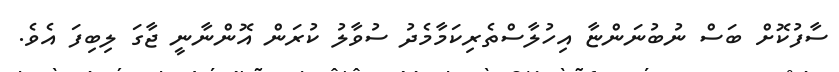
ސާފުކޮށް ބަސް ނުބުނަންޏާ އިހުލާސްތެރިކަމާމެދު ސުވާލު ކުރަން އޮންނާނީ ޖާގަ ލިބިފަ އެވެ.